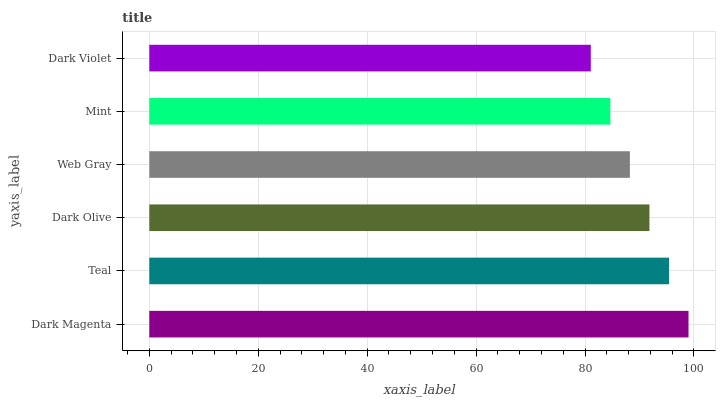
| yaxis_label | bars |
 | --- | --- |
 | Dark Magenta | 99 |
 | Teal | 95.4 |
 | Dark Olive | 91.8 |
 | Web Gray | 88.2 |
 | Mint | 84.6 |
 | Dark Violet | 81.1 |